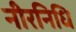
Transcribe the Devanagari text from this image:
नीरनिधि